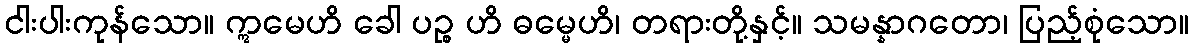
ငါးပါးကုန်သော။ ဣမေဟိ ခေါ ပဉ္စ ဟိ ဓမ္မေဟိ၊ တရားတို့နှင့်။ သမန္နာဂတော၊ ပြည့်စုံသော။